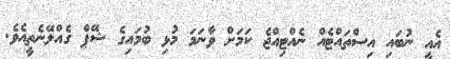
އެއީ ނުބައި އިސްތައްޓެއް ނެއްޓިއްޖެ ކަމަށް ވާނަމަ މުޅި ބުމައިގެ ޝޭޕް ގެއްލޭނެތީއެވެ.